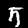
Digit: 5